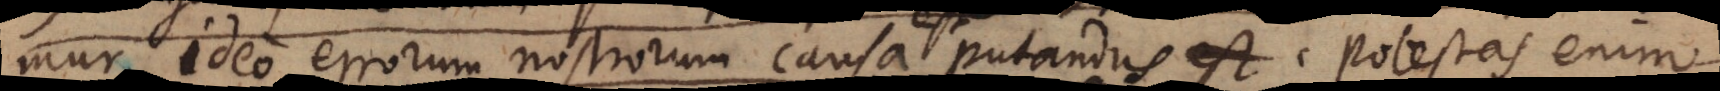
mur, ideo errorum nostrorum causa esse putandus. Potestas enim